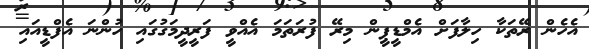
އެހެން ރޭތަކާ ހިލާފަށް އެމްޑީޕީން މިރޭ ފުރަތަމަ އެއްވީ ފަރީދީމަގުގައި ހުންނަ އެފްޑީއައި